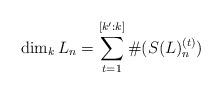
LaTeX: \begin{align*}\dim_kL_n=\sum_{t=1}^{[k':k]}\#(S(L)_n^{(t)})\end{align*}